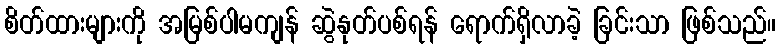
စိတ်ထားများကို အမြစ်ပါမကျန် ဆွဲနုတ်ပစ်ရန် ရောက်ရှိလာခဲ့ ခြင်းသာ ဖြစ်သည်။